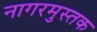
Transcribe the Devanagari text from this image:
नागरमुस्तक